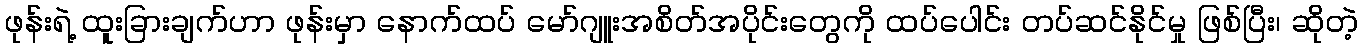
ဖုန်းရဲ့ ထူးခြားချက်ဟာ ဖုန်းမှာ နောက်ထပ် မော်ဂျူးအစိတ်အပိုင်းတွေကို ထပ်ပေါင်း တပ်ဆင်နိုင်မှု ဖြစ်ပြီး၊ ဆိုတဲ့